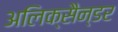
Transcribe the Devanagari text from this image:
अलिक्सैन्डर